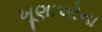
ખૂણાઓના